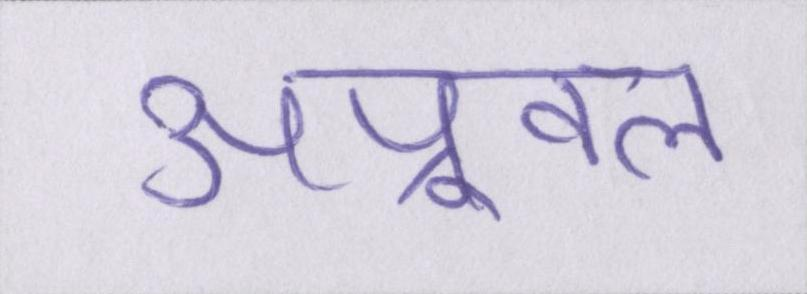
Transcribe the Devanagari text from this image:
अप्रूवल